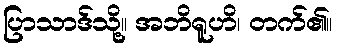
ပြာသာဒ်သို့။ အဘိရူဟိ၊ တက်၏။